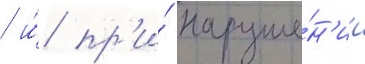
/ и́ пр'и́ наруше́н'ии